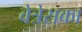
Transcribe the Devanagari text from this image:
वेत्रेसका